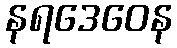
နရဒေဝေန